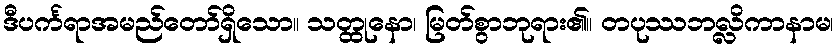
ဒီပင်္ကရာအမည်တော်ရှိသော။ သတ္ထုနော၊ မြတ်စွာဘုရား၏။ တပုဿဘလ္လိကာနာမ၊